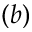
( b )